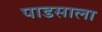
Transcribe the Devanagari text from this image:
पाडसाला